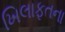
ખિલાફતના